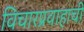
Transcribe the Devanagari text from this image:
विचारप्रवाहाची